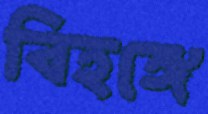
বিহঙ্গে